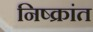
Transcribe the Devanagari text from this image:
निष्क्रांत